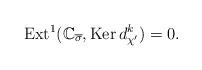
LaTeX: \begin{align*}{\rm Ext}^1(\mathbb{C}_{\overline{\sigma}},{\rm Ker}\, d^k_{\chi'})=0.\end{align*}